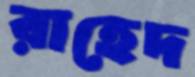
রাহেদ